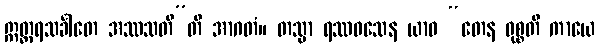
ဣတ္တရသင်္ခါတေ အဿသတီ”တိ အာဂတံ။ တသ္မာ ရဿဝသေန ယာဝ “တေန ဝုစ္စတိ ကာယေ